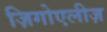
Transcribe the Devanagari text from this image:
ज़िगोएलीज़